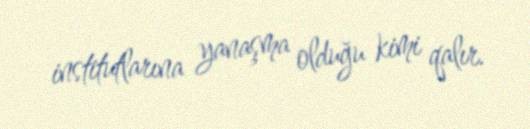
institutlarına yanaşma olduğu kimi qalır.